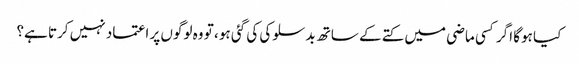
کیا ہوگا اگر کسی ماضی میں کتے کے ساتھ بدسلوکی کی گئی ہو ، تو وہ لوگوں پر اعتماد نہیں کرتا ہے؟